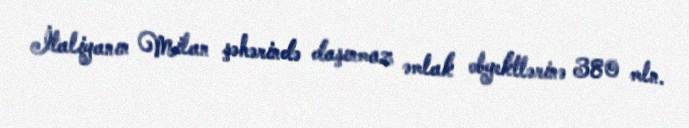
İtaliyanın Milan şəhərində daşınmaz əmlak obyektlərinə 380 mln.